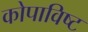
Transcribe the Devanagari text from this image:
कोपाविष्ट